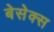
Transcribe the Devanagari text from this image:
बेसेक्स